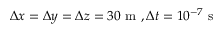
\Delta x = \Delta y = \Delta z = 3 0 \mathrm { ~ m ~ } , \Delta t = 1 0 ^ { - 7 } \mathrm { ~ s ~ }